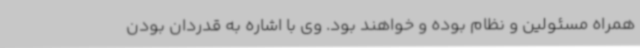
همراه مسئولین و نظام بوده و خواهند بود. وی با اشاره به قدردان بودن